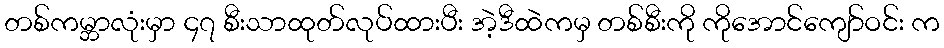
တစ်ကမ္ဘာလုံးမှာ ၄၇ စီးသာထုတ်လုပ်ထားပီး အဲ့ဒီထဲကမှ တစ်စီးကို ကိုအောင်ကျော်ဝင်း က